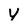
Character: y